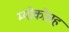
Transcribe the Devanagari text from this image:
म्योकोसह